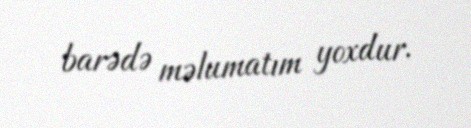
barədə məlumatım yoxdur.